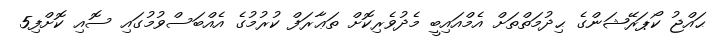
ޙައްޖު ކޯޕަރޭޝަންގެ ޙިދުމަތްތަށް އެމްއައިބީ މެދުވެރިކޮށް ތަޢާރަފް ކުރުމުގެ އެއްބަސްވުމުގައި ސޮއި ކޮށްފި5